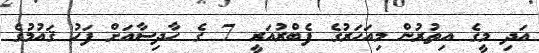
އަދި މީގެ އިތުރުން މިއަހަރުގެ ފެބްރުއަރީ 7 ގެ ހާދިސާއަށް ފަހު ޤައުމުގެ